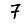
Digit: 7